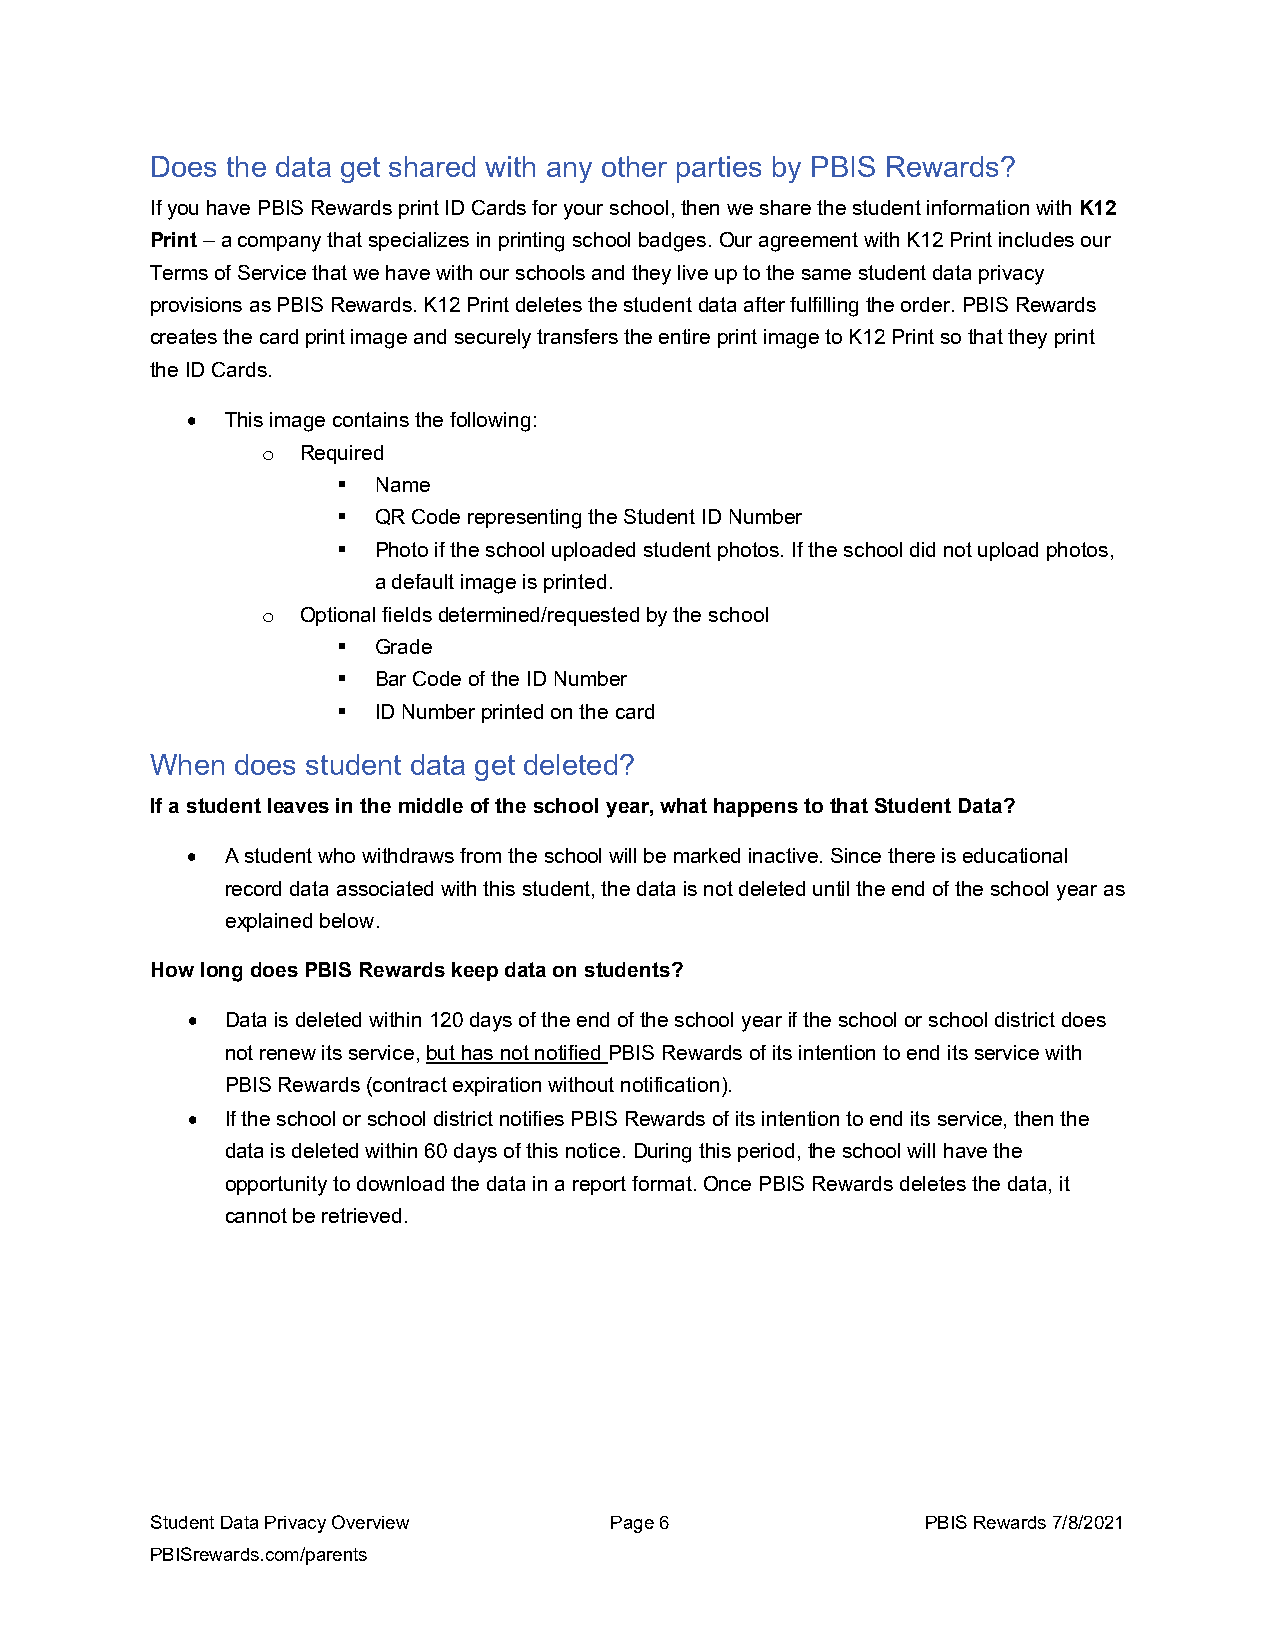
Does the data get shared with any other parties by PBIS Rewards?
 If you have PBIS Rewards print ID Cards for your school, then we share the student information with K12
 Print – a company that specializes in printing school badges. Our agreement with K12 Print includes our
 Terms of Service that we have with our schools and they live up to the same student data privacy
 provisions as PBIS Rewards. K12 Print deletes the student data after fulfilling the order. PBIS Rewards
 creates the card print image and securely transfers the entire print image to K12 Print so that they print
 the ID Cards.
 •  This image contains the following:
 Required
 o
   Name
   QR Code representing the Student ID Number
   Photo if the school uploaded student photos. If the school did not upload photos,
 a default image is printed.
 Optional fields determined/requested by the school
 o
   Grade
   Bar Code of the ID Number
   ID Number printed on the card
 When  does student data get deleted?
 If a student leaves in the middle of the school year, what happens to that Student Data?
 •  A student who withdraws from the school will be marked inactive. Since there is educational
 record data associated with this student, the data is not deleted until the end of the school year as
 explained below.
 How long does PBIS Rewards keep data on students?
 •  Data is deleted within 120 days of the end of the school year if the school or school district does
 not renew its service, but has not notified PBIS Rewards of its intention to end its service with
 PBIS Rewards (contract expiration without notification).
 •  If the school or school district notifies PBIS Rewards of its intention to end its service, then the
 data is deleted within 60 days of this notice. During this period, the school will have the
 opportunity to download the data in a report format. Once PBIS Rewards deletes the data, it
 cannot be retrieved.
 Student Data Privacy Overview Page 6               PBIS Rewards 7/8/2021
 PBISrewards.com/parents